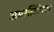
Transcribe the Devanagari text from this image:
अमरलिंगेश्‍वर